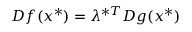
D f ( x ^ { * } ) = \lambda ^ { * T } D g ( x ^ { * } )